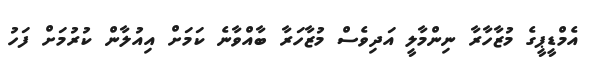
އެމްޑީޕީގެ މުޒާހާރާ ނިންމާލީ އަދިވެސް މުޒާހަރާ ބާއްވާނެ ކަމަށް އިއުލާން ކުރުމަށް ފަހު